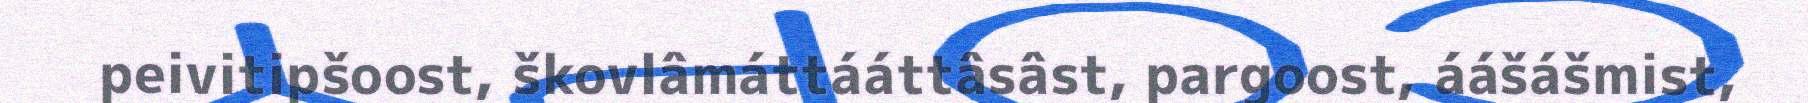
peivitipšoost, škovlâmáttááttâsâst, pargoost, áášášmist,